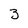
Character: 3